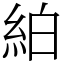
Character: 絈